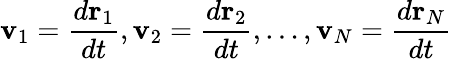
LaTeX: \mathbf{v}_{1}={\frac{d\mathbf{r}_{1}}{dt}},\mathbf{v}_{2}={\frac{d\mathbf{r}_{2}}{dt}},\ldots,\mathbf{v}_{N}={\frac{d\mathbf{r}_{N}}{dt}}